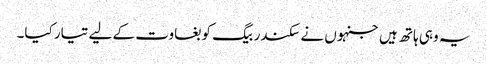
یہ وہی ہاتھ ہیں جنہوں نے سکندر بیگ کو بغاوت کے لیے تیار کیا۔